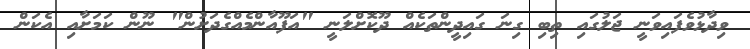
ވިދާޅުވެފައިވަނީ ޖަލުގައި ތިބި ގިނަ ގައިދީންތަކެއް ދޫކޮށްލަނީ "އަފޫއާންމެއްގެދަށުން" ނޫން ކަމަށާއި އެކަން